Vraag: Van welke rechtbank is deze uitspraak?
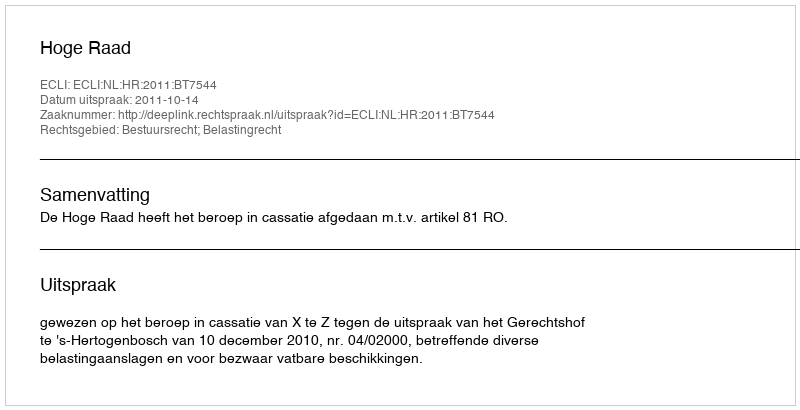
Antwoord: Hoge Raad